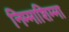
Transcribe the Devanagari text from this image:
निम्माशिम्मा